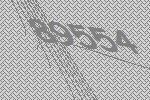
89554